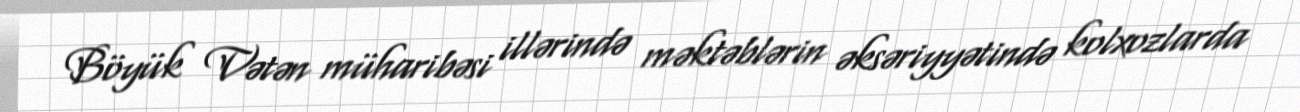
Böyük Vətən müharibəsi illərində məktəblərin əksəriyyətində kolxozlarda